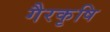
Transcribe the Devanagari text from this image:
गैरकृषि